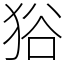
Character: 𤞞